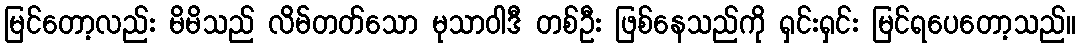
မြင်တော့လည်း မိမိသည် လိမ်တတ်သော မုသာဝါဒီ တစ်ဦး ဖြစ်နေသည်ကို ရှင်းရှင်း မြင်ရပေတော့သည်။